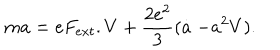
m a = e F _ { e x t } . V + \frac { 2 e ^ { 2 } } { 3 } ( \stackrel { . } { a } - a ^ { 2 } V ) .